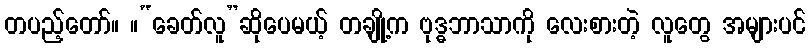
တပည့်တော်။ ။“ခေတ်လူ”ဆိုပေမယ့် တချို့က ဗုဒ္ဓဘာသာကို လေးစားတဲ့ လူတွေ အများပင်